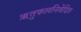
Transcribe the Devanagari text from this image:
ऋतुफलनिवेदित